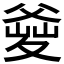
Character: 𤕘